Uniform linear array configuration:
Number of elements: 4
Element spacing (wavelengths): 0.75
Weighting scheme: kaiser
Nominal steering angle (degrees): -60
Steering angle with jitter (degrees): -61.37
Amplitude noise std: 0.05
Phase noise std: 0.05

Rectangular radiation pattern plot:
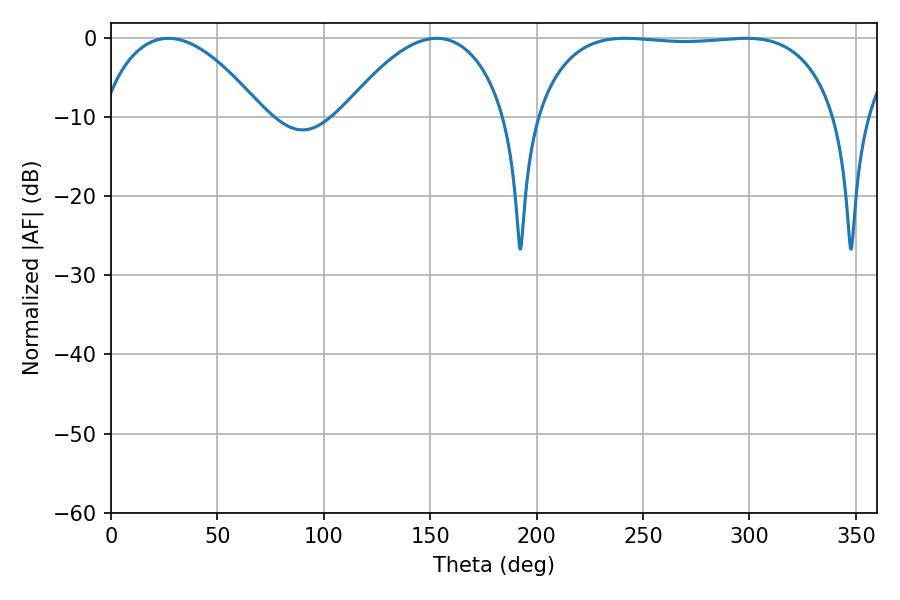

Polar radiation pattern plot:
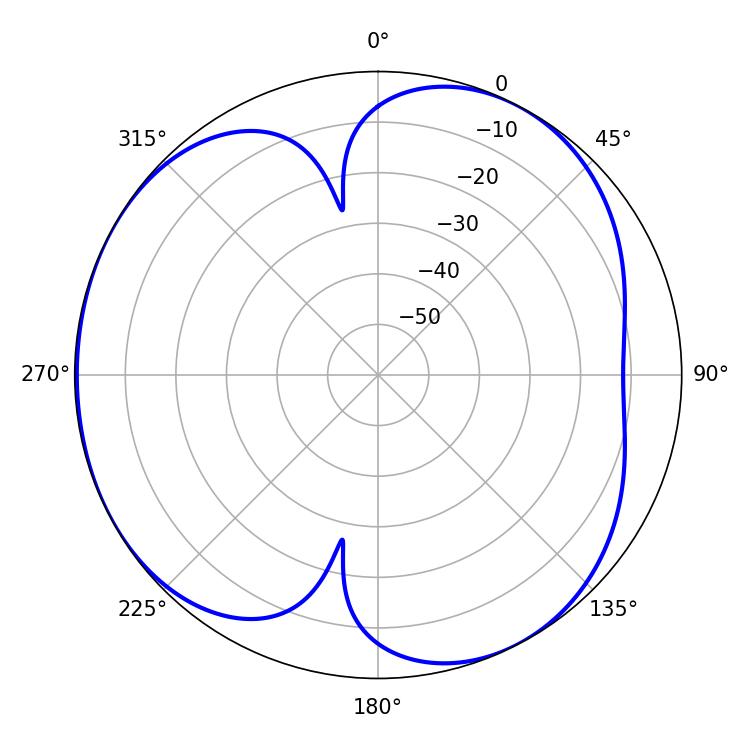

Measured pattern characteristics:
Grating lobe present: TRUE
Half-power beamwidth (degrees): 111.24
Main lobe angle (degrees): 241.74